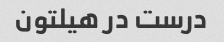
درست در هیلتون